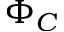
\Phi _ { C }